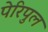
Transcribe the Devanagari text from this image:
पेरिपुल